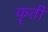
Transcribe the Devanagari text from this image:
कॄती